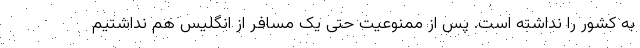
به کشور را نداشته است. پس از ممنوعیت حتی یک مسافر از انگلیس هم نداشتیم